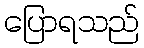
ပြောရသည်